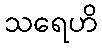
သရေဟိ